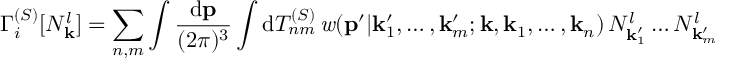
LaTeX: \Gamma _ { i } ^ { ( { \cal S } ) } [ N _ { \bf k } ^ { l } ] = \sum _ { n , m } \int \frac { \mathrm { d } { \bf p } } { ( 2 \pi ) ^ { 3 } } \int \mathrm { d } { \cal T } _ { n m } ^ { ( { \cal S } ) } \, { \it w } ( { \bf p } ^ { \prime } \vert { \bf k } _ { 1 } ^ { \prime } , \ldots , { \bf k } _ { m } ^ { \prime } ; { \bf k } , { \bf k } _ { 1 } , \ldots , { \bf k } _ { n } ) \, N _ { { \bf k } _ { 1 } ^ { \prime } } ^ { l } \ldots N _ { { \bf k } _ { m } ^ { \prime } } ^ { l }